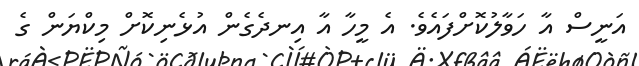
އަނީސް އާ ހަވާލުކޮށްފައެވެ. އެ މީހާ އާ އިނދެގެން އުޅެނިކޮށް މިކްޔަން ގެ